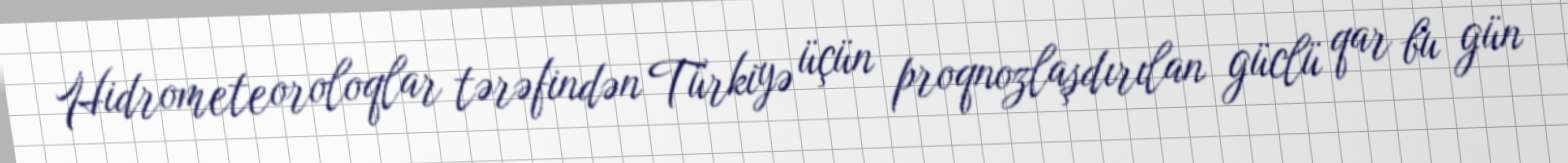
Hidrometeoroloqlar tərəfindən Türkiyə üçün proqnozlaşdırılan güclü qar bu gün